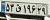
۵۳ق۱۹۶۲۹